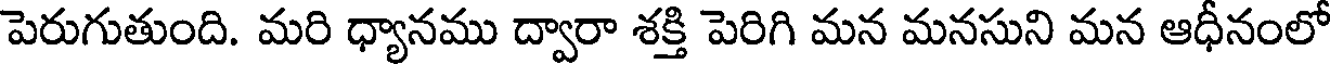
పెరుగుతుంది. మరి ధ్యానము ద్వారా శక్తి పెరిగి మన మనసుని మన ఆధీనంలో